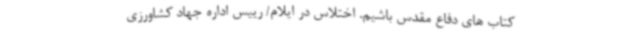
کتاب های دفاع مقدس باشیم. اختلاس در ایلام/ رییس اداره جهاد کشاورزی